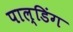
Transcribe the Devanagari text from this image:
पाल्डिंग